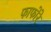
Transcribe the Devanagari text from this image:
फाफोरे